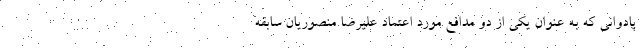
پادوانی که به عنوان یکی از دو مدافع مورد اعتماد علیرضا منصوریان سابقه